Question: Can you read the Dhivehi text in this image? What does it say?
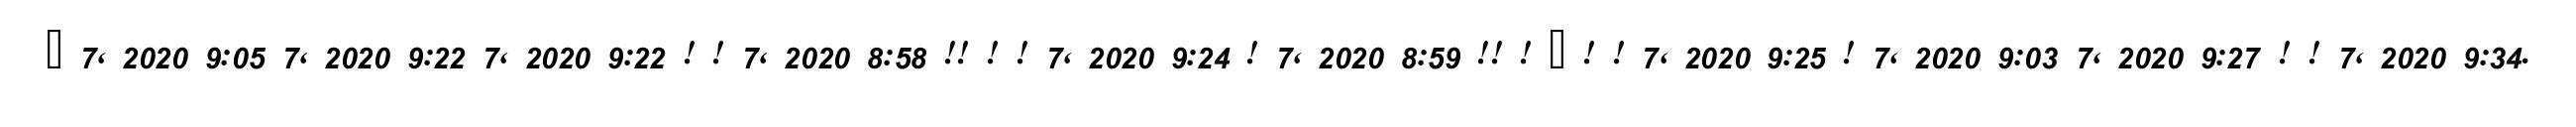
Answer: ? 7, 2020 9:05 7, 2020 9:22 7, 2020 9:22 ! ! 7, 2020 8:58 !! ! ! 7, 2020 9:24 ! 7, 2020 8:59 !! ! ? ! ! 7, 2020 9:25 ! 7, 2020 9:03 7, 2020 9:27 ! ! 7, 2020 9:34.